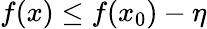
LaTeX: f(x)\leq f(x_{0})-\eta